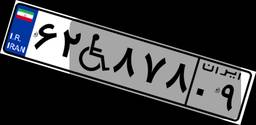
۶۲W۸۷۸۰۹